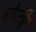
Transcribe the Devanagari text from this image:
रोजीए